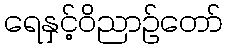
ရေနှင့်ဝိညာဉ်တော်